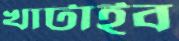
খাটাইব